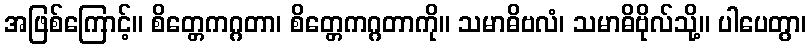
အဖြစ်ကြောင့်။ စိတ္တေကဂ္ဂတာ၊ စိတ္တေကဂ္ဂတာကို။ သမာဓိဗလံ၊ သမာဓိဗိုလ်သို့။ ပါပေတွာ၊